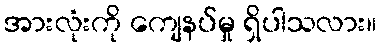
အားလုံးကို ကျေနပ်မှု ရှိပါသလား။